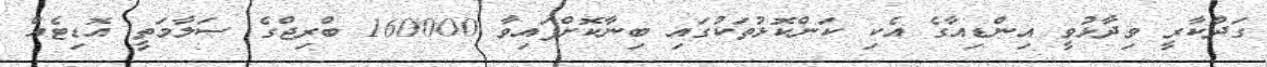
ގަދްކާރީ ވިދާޅުވީ އިންޑިއާގެ އެކި ކަންކޮޅުތަކުގައި ބިނާކޮށްފައިވާ 160000 ބްރިޖްގެ ސަލާމަތީ އޮޑިޓެއް